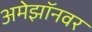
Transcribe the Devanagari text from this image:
अमेझॉनवर